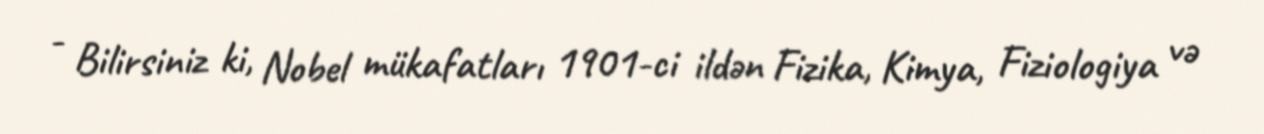
- Bilirsiniz ki, Nobel mükafatları 1901-ci ildən Fizika, Kimya, Fiziologiya və